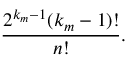
\frac { 2 ^ { k _ { m } - 1 } ( k _ { m } - 1 ) ! } { n ! } .